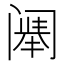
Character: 𬮷